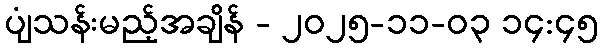
ပျံသန်းမည့်အချိန် - ၂၀၂၅-၁၁-၀၃ ၁၄:၄၅